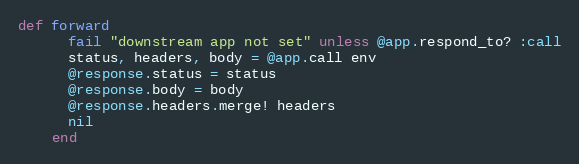
Language: Ruby
def forward
      fail "downstream app not set" unless @app.respond_to? :call
      status, headers, body = @app.call env
      @response.status = status
      @response.body = body
      @response.headers.merge! headers
      nil
    end